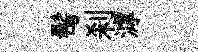
髩刹滹